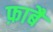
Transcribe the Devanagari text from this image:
फ़ाबै